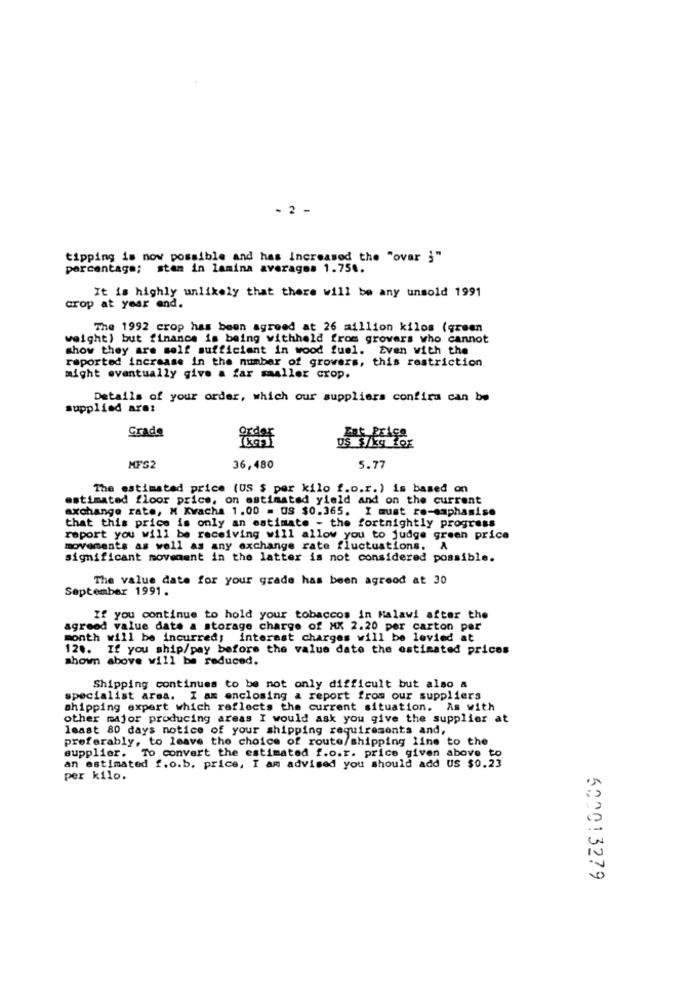
- 2 -
tipping is now possible and has increased the "over }"
percentage; stam in lamina averages 1.754.
It is highly unlikely that there will be any unsold 1991
crop at year and.
The 1992 crop has been agreed at 26 million kilos (green
weight) but finance is being withheld from grovers who cannot
show they are solf sufficient in wood fuel. Even with the
reported increase in the number of growers, this restriction
might eventually give a far smaller crop.
Details of your order, which our suppliers confira can be
supplied are:
Grade
order
US $/kg fox
Zut Price
MFS2
36,480
5.77
The estimated price (US $ per kilo f.o.r.) is based on
estimated floor price, on estimated yield and on the current
exchange rate, M Kwacha 1.00 = OS $0.365. I must re-emphasise
that this price is only an estimate - the fortnightly progress
report you will be receiving will allow you to judge green price
movements as well as any exchange rate fluctuations. A
significant movement in the latter is not considered possible.
The value date for your grade has been agreed at 30
September 1991.
If you continue to hold your tobaccos in Malawi after the
agreed value date a storage charge of MX 2.20 per carton per
month will be incurred; interest charges will be levied at
12 .. If you ship/pay before the value date the estimated prices
shown above will be reduced.
Shipping continues to be not only difficult but also a
specialist area. I ax enclosing a report from our suppliers
shipping expert which reflects the current situation. As with
other major producing areas I would ask you give the supplier at
least 80 days notice of your shipping requirements and,
preferably, to leave the choice of route/shipping line to the
supplier. To convert the estimated f.o.r. price given above to
an estimated f.o.b. price, I am advised you should add US $0.23
per kilo.
500013279